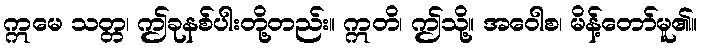
ဣမေ သတ္တ၊ ဤခုနစ်ပါးတို့တည်း။ ဣတိ၊ ဤသို့။ အဝေါစ၊ မိန့်တော်မူ၏။